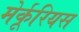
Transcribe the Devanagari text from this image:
मेर्कूरियस